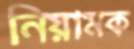
নিয়ামক